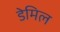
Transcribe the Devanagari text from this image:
डेमिल